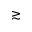
\gtrsim